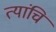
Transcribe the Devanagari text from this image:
त्यांचि